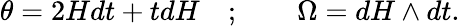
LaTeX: \theta=2Hdt+tdH\quad;\qquad\Omega=dH\wedge dt.